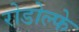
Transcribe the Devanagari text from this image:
रोडोल्फे